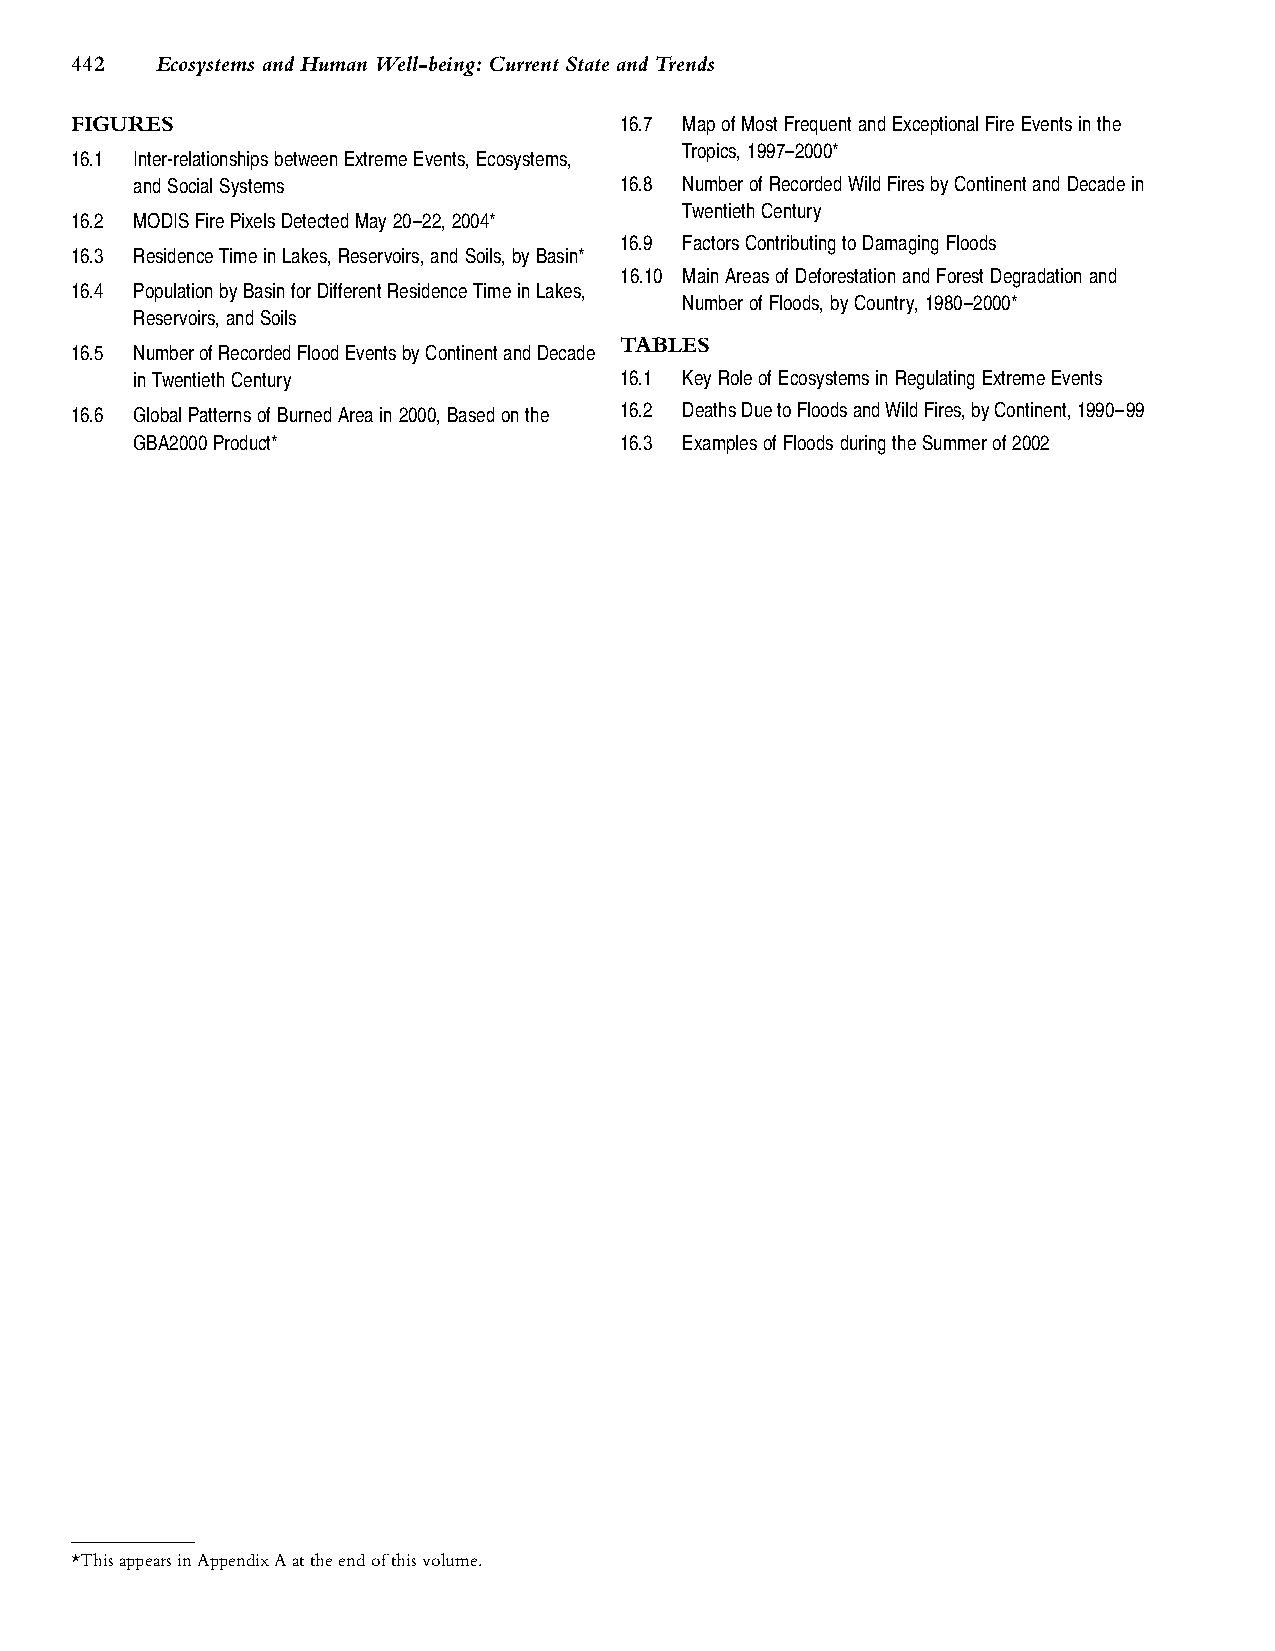
442  EcosystemsandHumanWell-being:CurrentStateandTrends
 FIGURES                             16.7 MapofMostFrequentandExceptionalFireEventsinthe
 Tropics,1997–2000*
 16.1 Inter-relationshipsbetweenExtremeEvents,Ecosystems,
 andSocialSystems                16.8 NumberofRecordedWildFiresbyContinentandDecadein
 TwentiethCentury
 16.2 MODISFirePixelsDetectedMay20–22,2004*
 16.9 FactorsContributingtoDamagingFloods
 16.3 ResidenceTimeinLakes,Reservoirs,andSoils,byBasin*
 16.10 MainAreasofDeforestationandForestDegradationand
 16.4 PopulationbyBasinforDifferentResidenceTimeinLakes,
 NumberofFloods,byCountry,1980–2000*
 Reservoirs,andSoils
 TABLES
 16.5 NumberofRecordedFloodEventsbyContinentandDecade
 inTwentiethCentury              16.1 KeyRoleofEcosystemsinRegulatingExtremeEvents
 16.6 GlobalPatternsofBurnedAreain2000,Basedonthe 16.2 DeathsDuetoFloodsandWildFires,byContinent,1990–99
 GBA2000Product*                 16.3 ExamplesofFloodsduringtheSummerof2002
 *ThisappearsinAppendixAattheendofthisvolume.
 .................11432$ CH16 10-11-0514:59:30 PS PAGE442